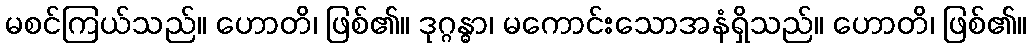
မစင်ကြယ်သည်။ ဟောတိ၊ ဖြစ်၏။ ဒုဂ္ဂန္ဓာ၊ မကောင်းသောအနံရှိသည်။ ဟောတိ၊ ဖြစ်၏။